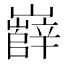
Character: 𡾦